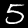
Label: 5